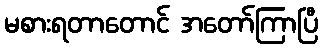
မစားရတာတောင် အတော်ကြာပြီ